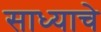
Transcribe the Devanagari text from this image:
साध्याचे